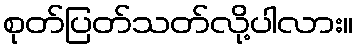
စုတ်ပြတ်သတ်လို့ပါလား။